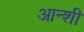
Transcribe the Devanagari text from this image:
आन्शी